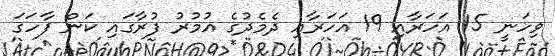
ވިހަނީ 15 އަަހަރާއި 19 އަހަރާއި ދެމެދުގެ އުމުރު ފުރާގައި ކަން ފާހަގަ